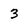
Character: 3